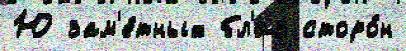
Ю зам'е́тных бл'из сторо́н